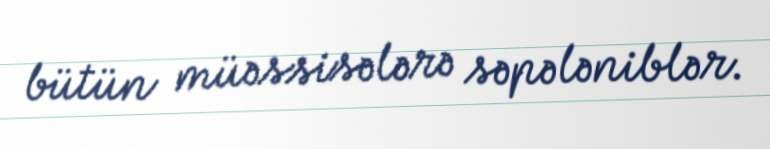
bütün müəssisələrə səpələniblər.